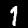
Digit: 1